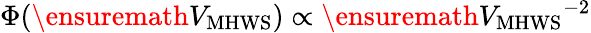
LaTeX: \Phi(\ensuremath{V_{\mathrm{MHWS}}})\propto\ensuremath{V_{\mathrm{MHWS}}}^{-2}